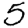
Digit: 5